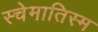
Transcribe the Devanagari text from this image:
स्चेमातिस्म